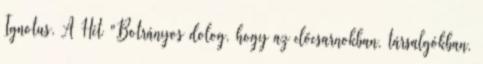
Ignotus, A Hét "Botrányos dolog, hogy az előcsarnokban, társalgókban,